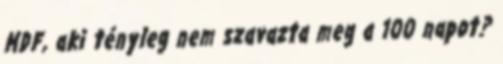
MDF, aki tényleg nem szavazta meg a 100 napot?